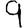
Digit: 9